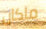
ماكان